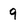
Character: 9